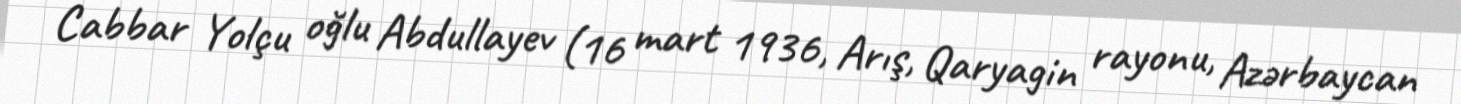
Cabbar Yolçu oğlu Abdullayev (16 mart 1936, Arış, Qaryagin rayonu, Azərbaycan